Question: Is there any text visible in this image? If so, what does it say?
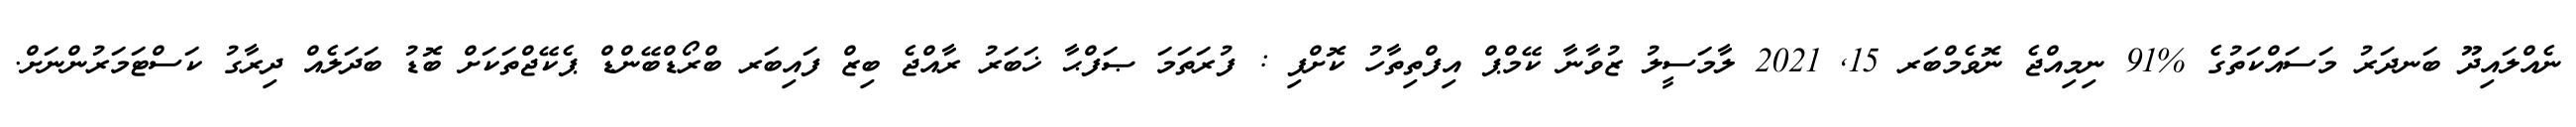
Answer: ނެއްލައިދޫ ބަނދަރު މަސައްކަތުގެ %91 ނިމިއްޖެ ނޮވެމްބަރ 15, 2021 ލާމަސީލު ޒުވާނާ ކޭމްޕް އިފްތިތާހު ކޮށްފި : ފުރަތަމަ ޞަފްޙާ ޚަބަރު ރާއްޖެ ބިޒް ފައިބަރ ބްރޯޑްބޭންޑް ޕެކޭޖްތަކަށް ބޮޑު ބަދަލެއް ދިރާގު ކަސްޓަމަރުންނަށް.